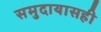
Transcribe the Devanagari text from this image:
समुदायासही